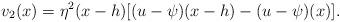
LaTeX: \begin{align*}v_{2}(x)= \eta^{2}(x-h) [(u-\psi)(x-h)-(u-\psi)(x)]. \end{align*}